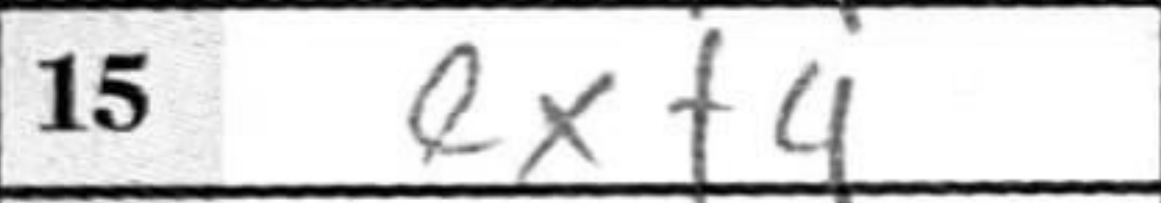
Transcription: exf4